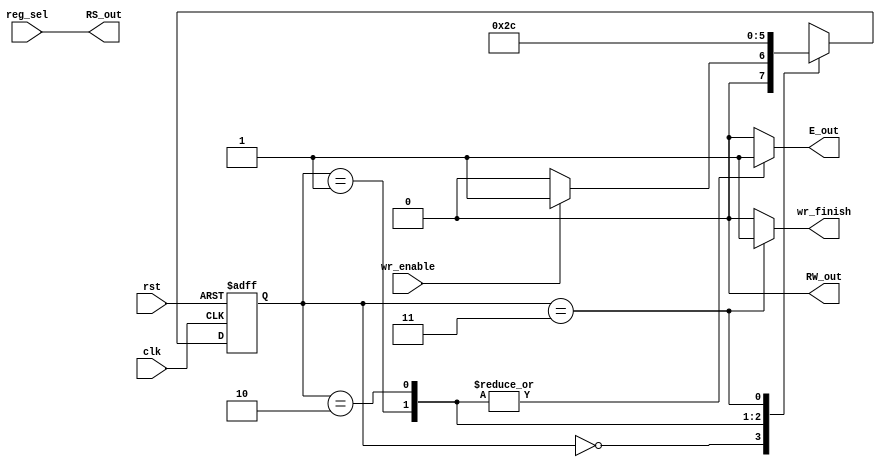
`timescale 1ns / 1ps
//////////////////////////////////////////////////////////////////////////////////
// Company: 
// Engineer: 
// 
// Design Name: 
// Module Name:    write_cycle 
// Project Name: 
// Target Devices: 
// Tool versions: 
// Description: 
//
// Dependencies: 
//
// Revision: 
// Revision 0.01 - File Created
// Additional Comments: 
//
//////////////////////////////////////////////////////////////////////////////////
module write_cycle(
	input clk,
	input rst,
	input reg_sel,
    input wr_enable,
    output reg wr_finish,
    output reg E_out,
	output RW_out,
    output RS_out
    );
	 
reg [1:0] state, next_state;
localparam idle = 2'b0, init = 2'b01, Eout = 2'b10, endwr = 2'b11;	 
always @(posedge clk, posedge rst)
	if(rst)
		state <= idle;
	else
		state <= next_state;
		
	
always @* begin
	wr_finish <= 1'b0;
	E_out <= 1'b0;
			
	case(state)
		idle: // idle
			begin
				wr_finish <= 1'b0;
				E_out <= 1'b0;
				if(wr_enable)
					next_state <= init;
				else
					next_state <= idle;
			end
		init: // init
			begin
				E_out <= 1'b1;
				next_state <= Eout;
			end
		Eout: // Eout 
			begin
				E_out <= 1'b1;
				next_state <= endwr;
			end
		endwr: // endwr
			begin
				wr_finish <= 1'b1;
				next_state <= idle;
			end
	endcase
end

assign RS_out = reg_sel;
assign RW_out = 1'b0;

endmodule